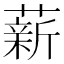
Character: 薪